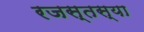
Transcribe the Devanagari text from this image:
रजस्तस्या